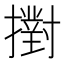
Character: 𢷮